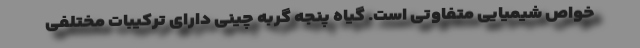
خواص شیمیایی متفاوتی است. گیاه پنجه گربه چینی دارای ترکیبات مختلفی